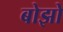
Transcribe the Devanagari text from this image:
बोझो